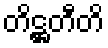
တိဋ္ဌတီတိ